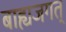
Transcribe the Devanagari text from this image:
बाह्यजगत्